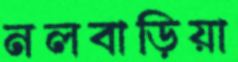
নলবাড়িয়া